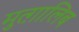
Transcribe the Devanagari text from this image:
मुत्ग़ालिब